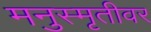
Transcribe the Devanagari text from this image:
मनुस्मृतीवर